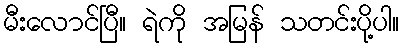
မီးလောင်ပြီ။ ရဲကို အမြန် သတင်းပို့ပါ။